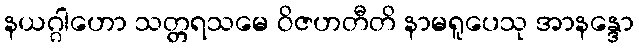
နယဂ္ဂါဟော သတ္တရသမေ ဝိဇဟတီတိ နာမရူပေသု အာနန္ဒော